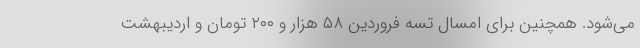
می‌شود. همچنین برای امسال تسه فروردین ۵۸ هزار و ۲۰۰ تومان و اردیبهشت